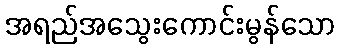
အရည်အသွေးကောင်းမွန်သော